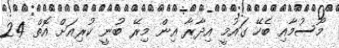
މޫސުމާއި ބެހޭ ގައުމީ އިދާރާ އިން މިރޭ ބުނީ ކުރިއަށް އޮތް 24